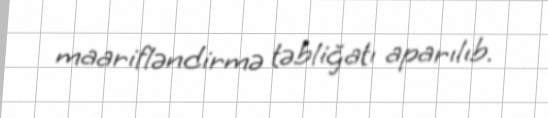
maarifləndirmə təbliğatı aparılıb.